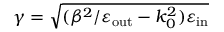
\gamma = \sqrt { ( \beta ^ { 2 } / \varepsilon _ { \mathrm { o u t } } - k _ { 0 } ^ { 2 } ) \varepsilon _ { \mathrm { i n } } }